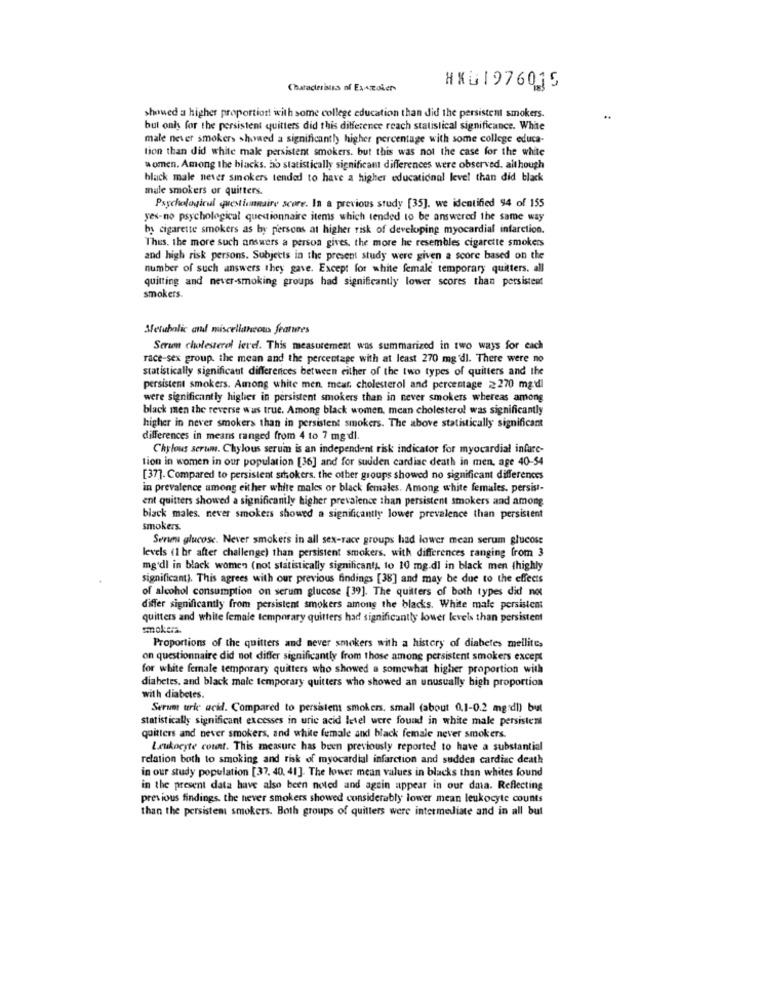
Characterisus of ExAzoler
HXG1976015
showed a higher proportion with some college education than did the persistent smokers.
but only for the persistent quitters did this difference reach statistical significance. White
male never smokers showed a significantly higher percentage with some college educa-
tion than did white male persistent smokers. but this was not the case for the white
women. Among the blacks. ho statistically significant differences were observed. although
black male never smokers tended to have a higher educational level than did black
male smokers or quitters.
Psychological questionaire score. In a previous study [35]. we identified $4 of 155
yes-no psychological questionnaire items which tended to be answered the same way
by cigarette smokers as by persons at higher risk of developing myocardial infarction.
Thus, the more such answers a person gives, the more he resembles cigarette smokers
and high risk persons. Subjects in the present study were given a score based on the
number of such answers they gave. Except for white female temporary quitters. all
quitting and never-smoking groups had significantly lower scores than persistent
smokers.
Metabolic and miscellaneous features
Serum cholesterol lerel. This measurement was summarized in two ways for each
race-sex group. the mean and the percentage with at least 270 mg 'dl. There were no
statistically significant differences between either of the two types of quitters and the
persistent smokers. Among white men mear, cholesterol and percentage 2270 mg:d]
were significantly higher in persistent smokers than in never smokers whereas among
black men the reverse was true. Among black women, mean cholesterol was significantly
higher in never smokers than in persistent smokers. The above statistically significant
differences in means ranged from 4 to 7 mg dl.
Chylous serum. Chylous serum is an independent risk indicator for myocardial infare-
tion in women in our population [36] and for sudden cardiac death in men. age 40-54
[37]. Compared to persistent smokers. the other groups showed no significant differences
in prevalence among either white makes or black females. Among white females, persist-
ent quitters showed a significantly higher prevalence than persistent smokers and among
black males. never smokers showed a significantly lower prevalence than persistent
smokers.
Serum glucose. Never smokers in all sex-race groups had lower mean serum glucose
levels (1 br after challenge) than persistent smokers. with differences ranging from 3
mg'dl in black women (not statistically significanty, to 10 mg.dl in black men thighly
significant). This agrees with our previous findings [38] and may be due to the effects
of alcohol consumption on serum glucose [39]. The quilters of both types did not
differ significantly from persistent smokers among the blacks. White male persistent
quitters and white female temporary quitters had significantly lower levels than persistent
smokers.
Proportions of the quitters and never smokers with a history of diabetes mellite,
on questionnaire did not differ significantly from those among persistent smokers except
for white female temporary quitters who showed a somewhat higher proportion with
diabetes, and black male temporary quitters who showed an unusually high proportion
with diabetes.
Serum uric acid. Compared to persistent smokers, small (about 0.1-0.2 mg:dl) but
statistically significant excesses in uric acid letel were found in white male persistent
quitters and never smokers, and white female and black female never smokers.
Leukocyte count. This measure has been previously reported to have a substantial
relation both to smoking and risk of myocardial infarction and sudden cardiac death
in our study population [37, 40. 41]. The lower mean values in blacks than whites found
in the present data have also been noted and again appear in our data. Reflecting
previous findings. the hever smokers showed considerably lower mean leukocyte counts
than the persistent smokers. Both groups of quillers were intermediate and in all but